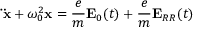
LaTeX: \mathbf { \ddot { x } } + \omega _ { 0 } ^ { 2 } \mathbf { x } = { \frac { e } { m } } \mathbf { E } _ { 0 } ( t ) + { \frac { e } { m } } \mathbf { E } _ { R R } ( t )